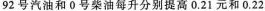
92号汽油和0号柴油每升分别提高0.21元和0.22